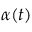
\alpha ( t )